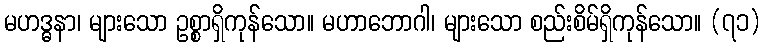
မဟဒ္ဓနာ၊ များသော ဥစ္စာရှိကုန်သော။ မဟာဘောဂါ၊ များသော စည်းစိမ်ရှိကုန်သော။ (၇၁)